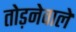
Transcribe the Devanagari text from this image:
तोड़नेवाले